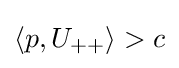
\langle p,U_{++}\rangle >c